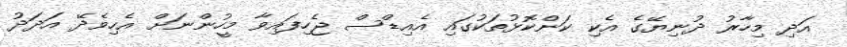
އަދި މިހާރު ދުނިޔޭގެ އެކި ކަންކޮޅުތަކުގައި އެއިޑްސް ޖެހިފައިވާ މީހުންނަށް އެހިވެދޭ އަދަދު